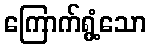
ကြောက်ရွံ့သော